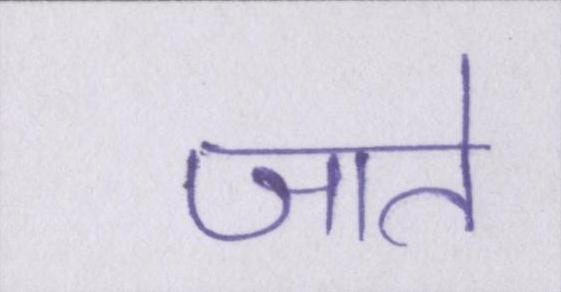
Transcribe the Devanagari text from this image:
जाते